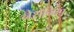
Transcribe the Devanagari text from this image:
नेरोनिस